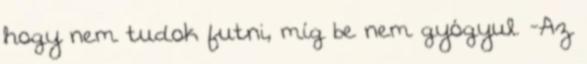
hogy nem tudok futni, míg be nem gyógyul. -Az